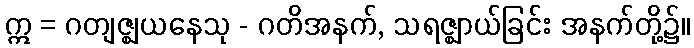
ဣ = ဂတျဇ္ဈယနေသု - ဂတိအနက်, သရဇ္ဈာယ်ခြင်း အနက်တို့၌။